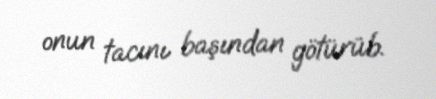
onun tacını başından götürüb.